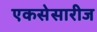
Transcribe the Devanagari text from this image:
एकसेसारीज